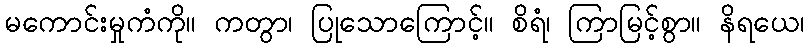
မကောင်းမှုကံကို။ ကတွာ၊ ပြုသောကြောင့်။ စိရံ၊ ကြာမြင့်စွာ။ နိရယေ၊